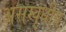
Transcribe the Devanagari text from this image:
असम्वृधीय